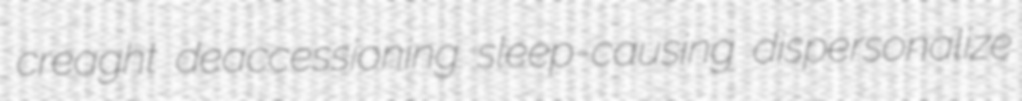
creaght deaccessioning sleep-causing dispersonalize